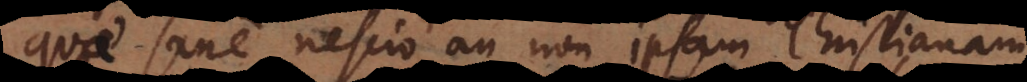
quae sane nescio an non ipsam Christianam